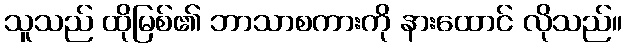
သူသည် ထိုမြစ်၏ ဘာသာစကားကို နားထောင် လိုသည်။